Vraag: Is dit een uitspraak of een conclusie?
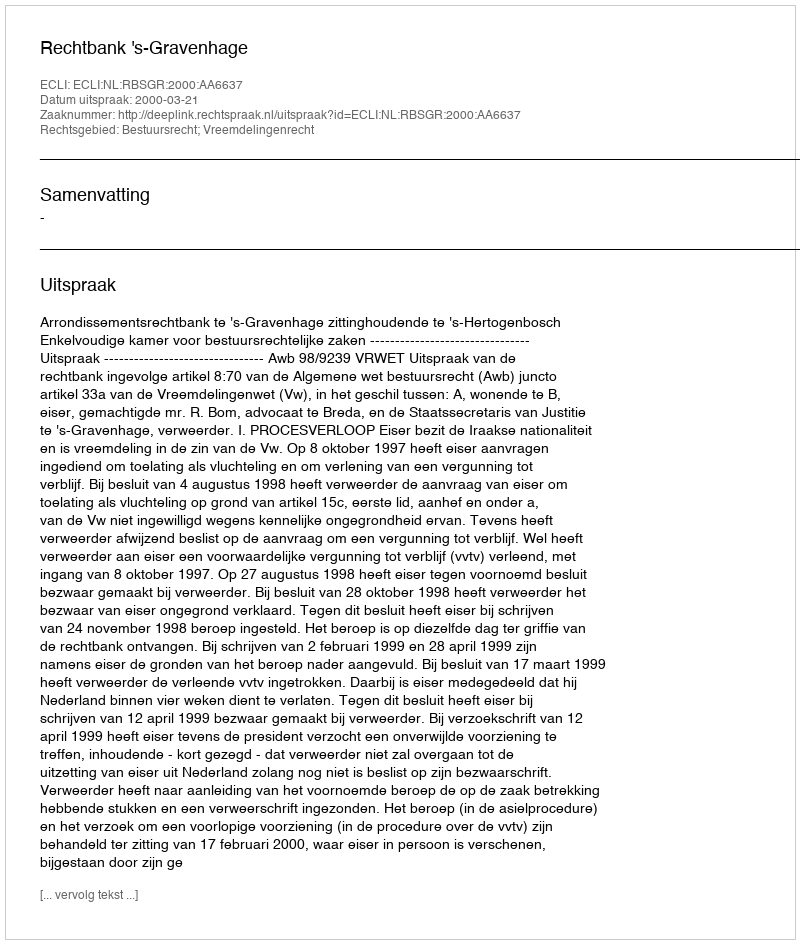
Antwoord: Uitspraak